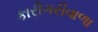
કારીગરીવાળા